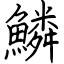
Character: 鱗